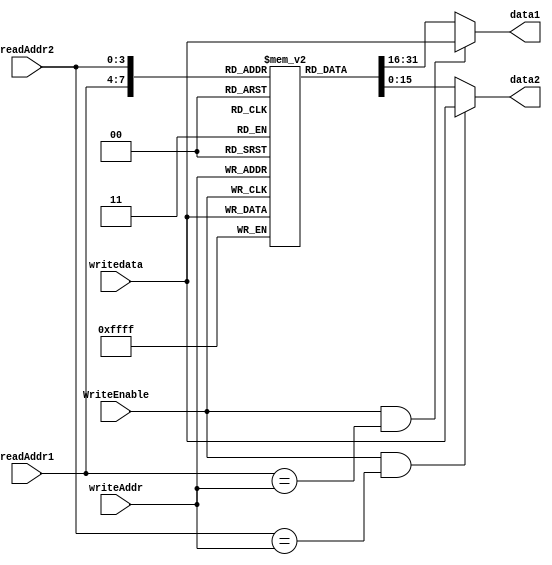
module Register_File(readAddr1,readAddr2,writeAddr,writedata,WriteEnable,data1,data2);
input wire [3:0] readAddr1,readAddr2,writeAddr;
input wire [15:0] writedata;
input wire WriteEnable;
output reg [15:0]  data1,data2;

reg [15:0] registers [15:0];

always@(posedge WriteEnable) begin
 if(WriteEnable) begin
 registers[writeAddr] <= writedata;
 end
 end
always  @* begin
  data1 <= (WriteEnable && (readAddr1 == writeAddr))? writedata:registers[readAddr1];
  data2 <= (WriteEnable && (readAddr2 == writeAddr))? writedata:registers[readAddr2];
end
endmodule